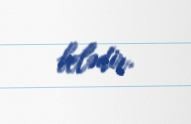
belədir.